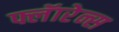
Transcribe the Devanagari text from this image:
फ्लॅारेन्स